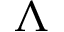
\Lambda